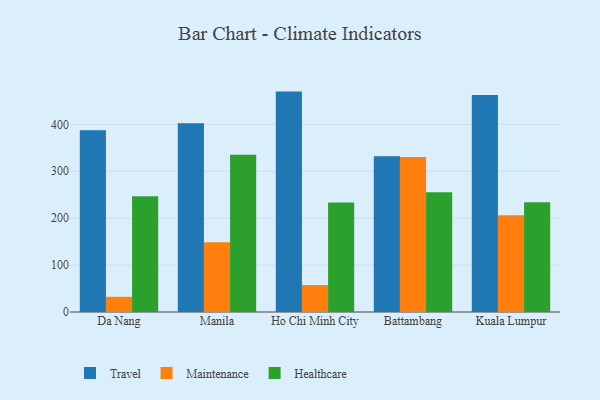
{"axis": {"x": "City", "y": "Energy Usage (MWh)"}, "legend": ["Healthcare", "Maintenance", "Travel"], "data": [{"x": "Da Nang", "y": 387.6, "type": "Travel"}, {"x": "Da Nang", "y": 32.4, "type": "Maintenance"}, {"x": "Da Nang", "y": 246.8, "type": "Healthcare"}, {"x": "Manila", "y": 402.2, "type": "Travel"}, {"x": "Manila", "y": 148.6, "type": "Maintenance"}, {"x": "Manila", "y": 335.5, "type": "Healthcare"}, {"x": "Ho Chi Minh City", "y": 469.9, "type": "Travel"}, {"x": "Ho Chi Minh City", "y": 57.4, "type": "Maintenance"}, {"x": "Ho Chi Minh City", "y": 233.3, "type": "Healthcare"}, {"x": "Battambang", "y": 331.9, "type": "Travel"}, {"x": "Battambang", "y": 330.5, "type": "Maintenance"}, {"x": "Battambang", "y": 255.1, "type": "Healthcare"}, {"x": "Kuala Lumpur", "y": 462.9, "type": "Travel"}, {"x": "Kuala Lumpur", "y": 206.4, "type": "Maintenance"}, {"x": "Kuala Lumpur", "y": 234.2, "type": "Healthcare"}]}